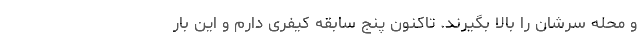
و محله سرشان را بالا بگیرند. تاکنون پنج سابقه کیفری دارم و این بار